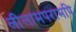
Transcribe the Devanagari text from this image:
लीलामपरामपि